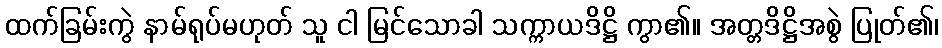
ထက်ခြမ်းကွဲ နာမ်ရုပ်မဟုတ် သူ ငါ မြင်သောခါ သက္ကာယဒိဋ္ဌိ ကွာ၏။ အတ္တဒိဋ္ဌိအစွဲ ပြုတ်၏၊